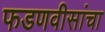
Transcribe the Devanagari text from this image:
फडणवीसांचा